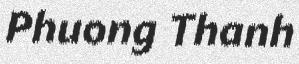
Phuong Thanh